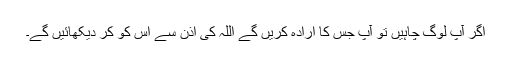
اگر آپ لوگ چاہیں تو آپ جس کا ارادہ کریں گے اللہ کی اذن سے اس کو کر دیکهائیں گے۔